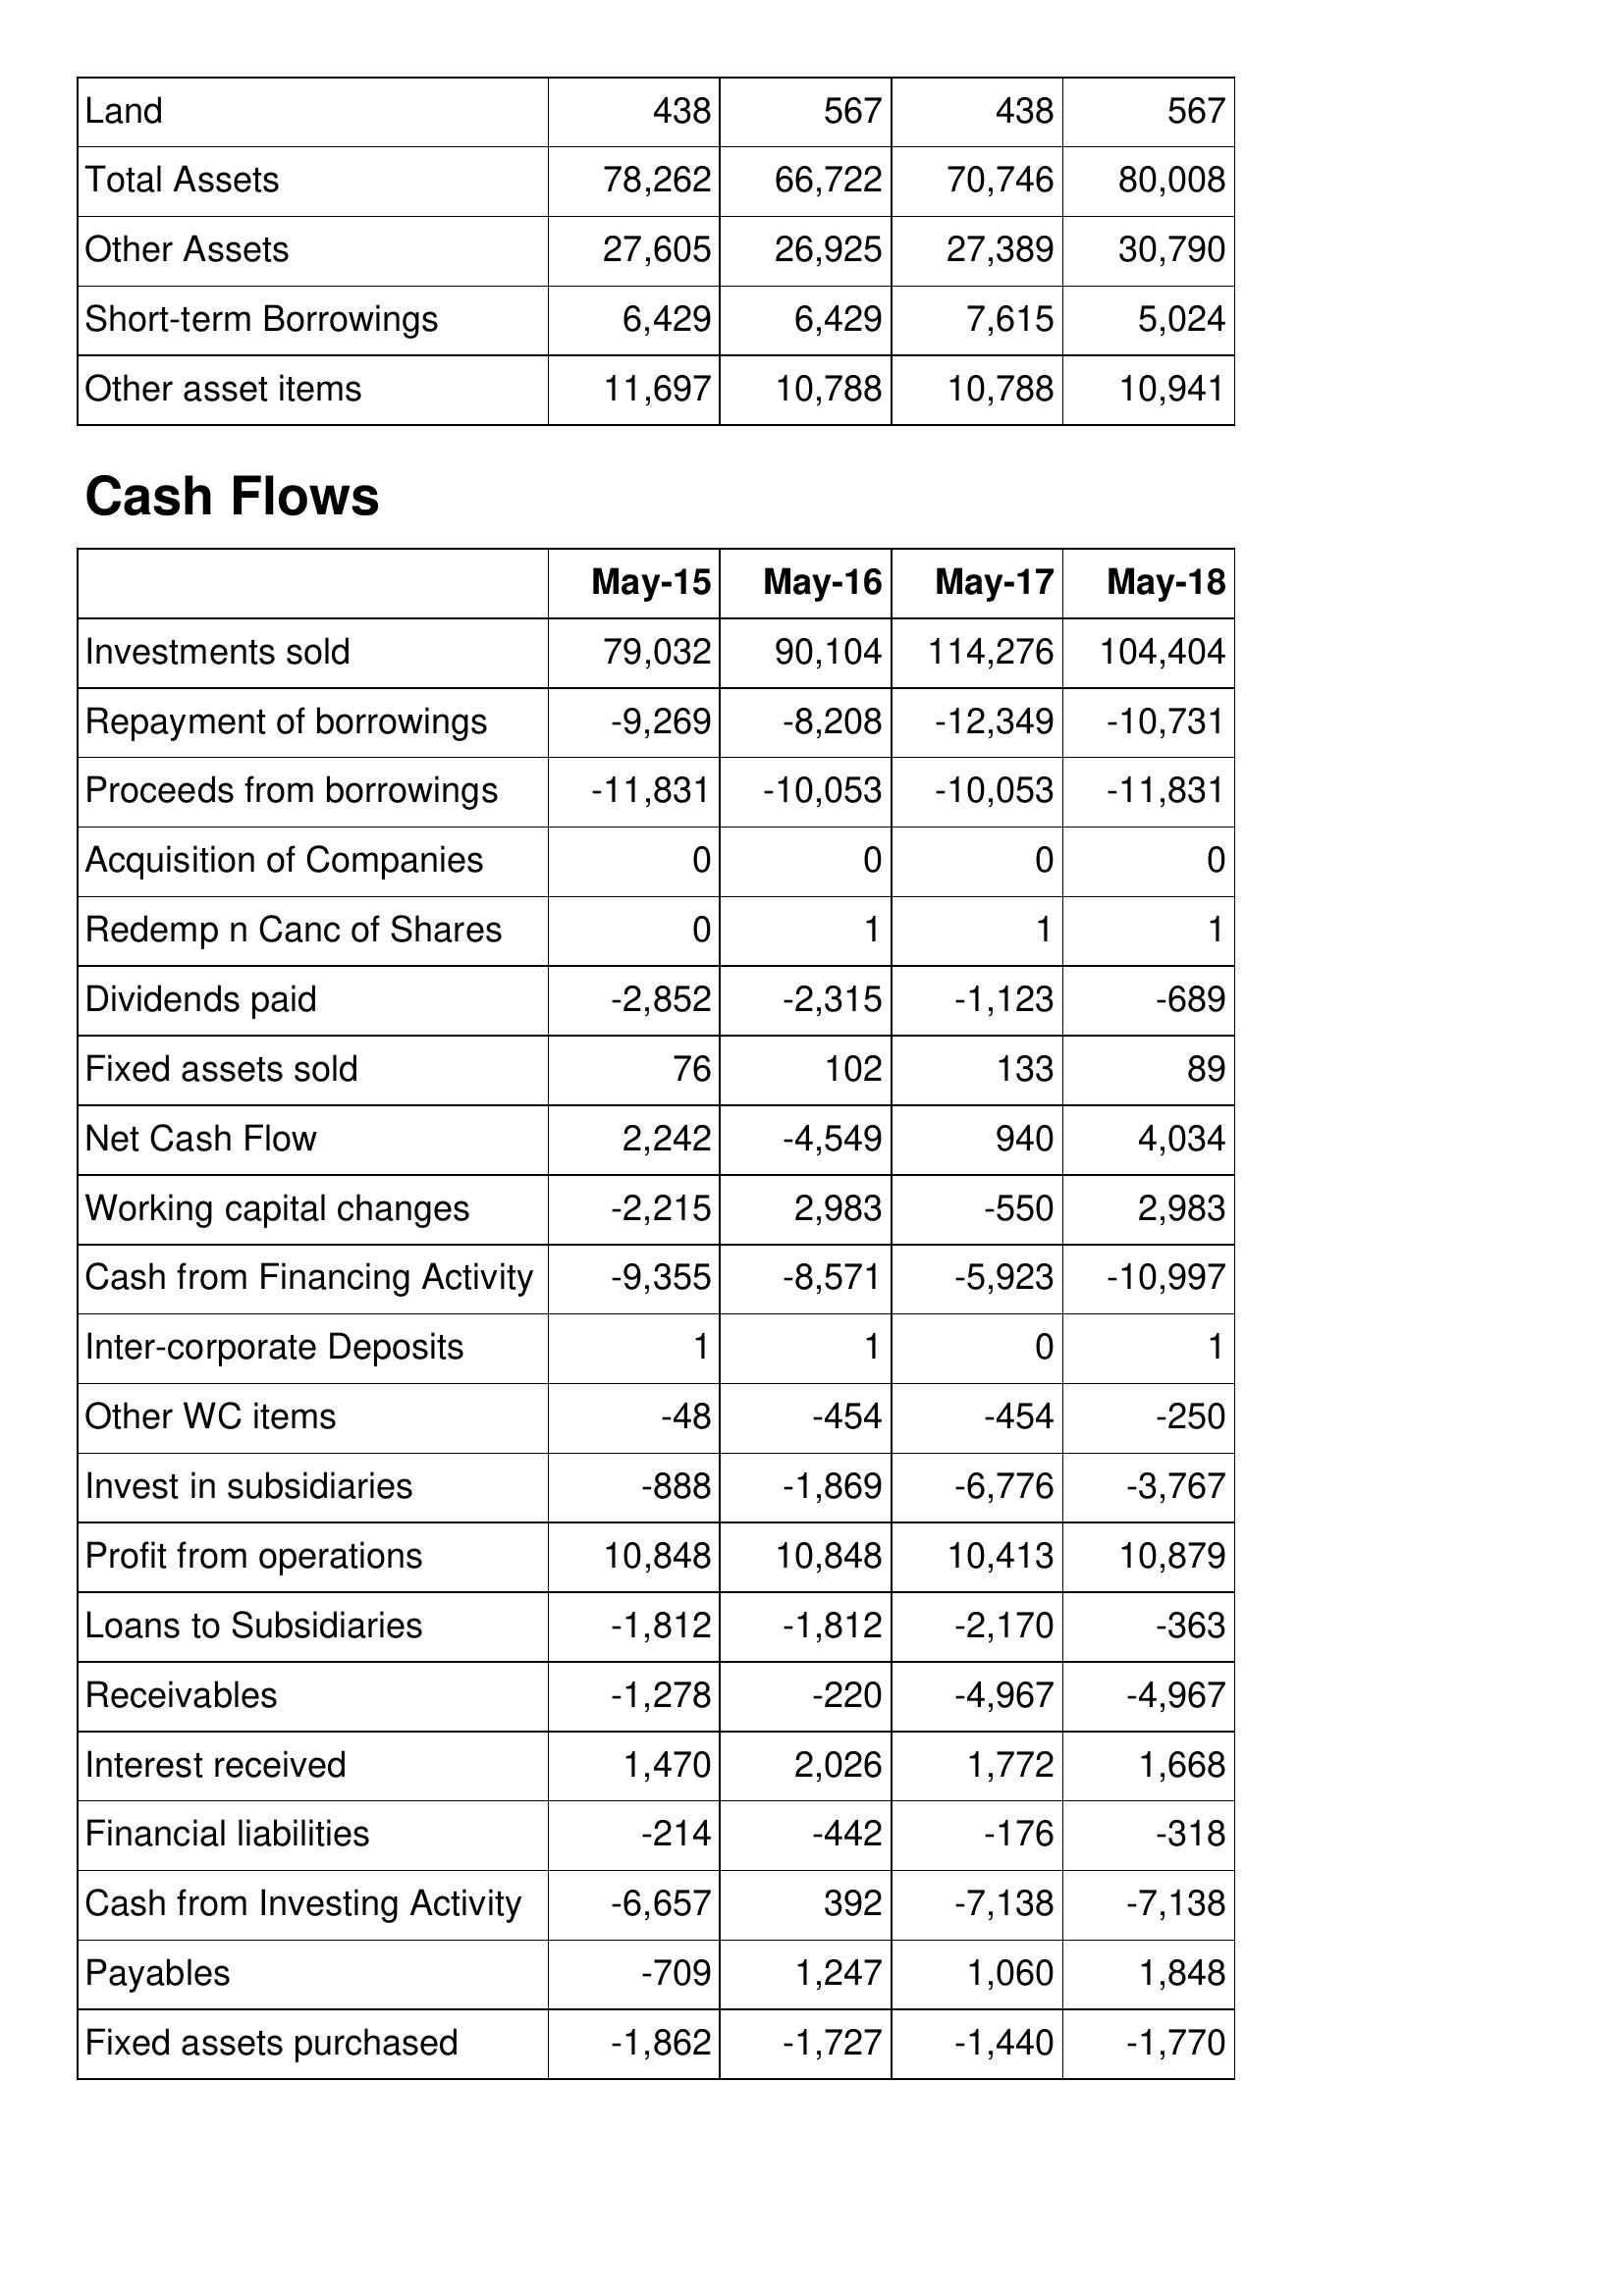
May-15: Balance Sheet: Land: 438
Total Assets: 78,262
Other Assets: 27,605
Short-term Borrowings: 6,429
Other asset items: 11,697
Cash Flows: Investments sold: 79,032
Repayment of borrowings: -9,269
Proceeds from borrowings: -11,831
Acquisition of Companies: 0
Redemp n Canc of Shares: 0
Dividends paid: -2,852
Fixed assets sold: 76
Net Cash Flow: 2,242
Working capital changes: -2,215
Cash from Financing Activity: -9,355
Inter-corporate Deposits: 1
Other WC items: -48
Invest in subsidiaries: -888
Profit from operations: 10,848
Loans to Subsidiaries: -1,812
Receivables: -1,278
Interest received: 1,470
Financial liabilities: -214
Cash from Investing Activity: -6,657
Payables: -709
Fixed assets purchased: -1,862
May-16: Balance Sheet: Land: 567
Total Assets: 66,722
Other Assets: 26,925
Short-term Borrowings: 6,429
Other asset items: 10,788
Cash Flows: Investments sold: 90,104
Repayment of borrowings: -8,208
Proceeds from borrowings: -10,053
Acquisition of Companies: 0
Redemp n Canc of Shares: 1
Dividends paid: -2,315
Fixed assets sold: 102
Net Cash Flow: -4,549
Working capital changes: 2,983
Cash from Financing Activity: -8,571
Inter-corporate Deposits: 1
Other WC items: -454
Invest in subsidiaries: -1,869
Profit from operations: 10,848
Loans to Subsidiaries: -1,812
Receivables: -220
Interest received: 2,026
Financial liabilities: -442
Cash from Investing Activity: 392
Payables: 1,247
Fixed assets purchased: -1,727
May-17: Balance Sheet: Land: 438
Total Assets: 70,746
Other Assets: 27,389
Short-term Borrowings: 7,615
Other asset items: 10,788
Cash Flows: Investments sold: 114,276
Repayment of borrowings: -12,349
Proceeds from borrowings: -10,053
Acquisition of Companies: 0
Redemp n Canc of Shares: 1
Dividends paid: -1,123
Fixed assets sold: 133
Net Cash Flow: 940
Working capital changes: -550
Cash from Financing Activity: -5,923
Inter-corporate Deposits: 0
Other WC items: -454
Invest in subsidiaries: -6,776
Profit from operations: 10,413
Loans to Subsidiaries: -2,170
Receivables: -4,967
Interest received: 1,772
Financial liabilities: -176
Cash from Investing Activity: -7,138
Payables: 1,060
Fixed assets purchased: -1,440
May-18: Balance Sheet: Land: 567
Total Assets: 80,008
Other Assets: 30,790
Short-term Borrowings: 5,024
Other asset items: 10,941
Cash Flows: Investments sold: 104,404
Repayment of borrowings: -10,731
Proceeds from borrowings: -11,831
Acquisition of Companies: 0
Redemp n Canc of Shares: 1
Dividends paid: -689
Fixed assets sold: 89
Net Cash Flow: 4,034
Working capital changes: 2,983
Cash from Financing Activity: -10,997
Inter-corporate Deposits: 1
Other WC items: -250
Invest in subsidiaries: -3,767
Profit from operations: 10,879
Loans to Subsidiaries: -363
Receivables: -4,967
Interest received: 1,668
Financial liabilities: -318
Cash from Investing Activity: -7,138
Payables: 1,848
Fixed assets purchased: -1,770